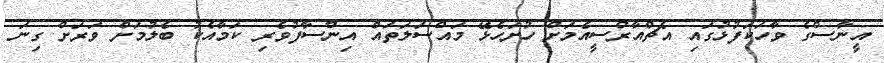
އީނާސްގެ ވާހަކަފުޅުގައި އެޗްއާރްސީއެމަށް ހުށަހެޅޭ މައްސަލަތައް އިންސާފުވެރި ކަމާއެކު ބެލުމަށް ވަރަށް ގިނަ